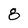
Character: 0